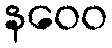
နဝေဝ